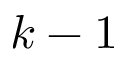
k - 1